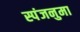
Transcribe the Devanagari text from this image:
स्पंजनुमा